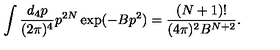
\int \frac { d _ { 4 } p } { ( 2 \pi ) ^ { 4 } } p ^ { 2 N } \exp ( - B p ^ { 2 } ) = \frac { ( N + 1 ) ! } { ( 4 \pi ) ^ { 2 } B ^ { N + 2 } } .